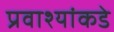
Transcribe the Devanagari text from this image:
प्रवाश्यांकडे